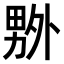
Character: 𠨃